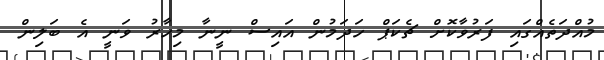
މުއްދަތެއްގައި ފަރުވާކޮށް ޗެކަޕް ހަދަމުން އައިސް ނީނާ މިހާރު ވަނީ އެ ބަލިން